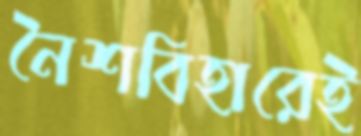
নৈশবিহারেই